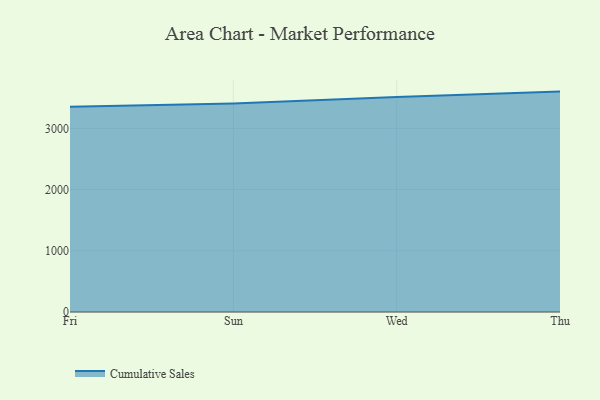
{"axis": {"x": "Day", "y": "Inventory Turnover"}, "legend": ["Cumulative Sales"], "data": [{"x": "Fri", "y": 3351.0, "type": "Cumulative Sales"}, {"x": "Sun", "y": 3407.8, "type": "Cumulative Sales"}, {"x": "Wed", "y": 3514.0, "type": "Cumulative Sales"}, {"x": "Thu", "y": 3600.2, "type": "Cumulative Sales"}]}